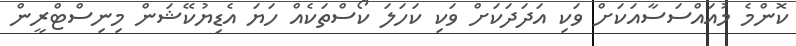
ކޮންމެ މުއައްސަސާއަކަށް ވަކި އަދަދަކަށް ވަކި ކަހަލަ ކޯސްތަކެއް ހަޔަ އެޑިޔުކޭޝަން މިނިސްޓްރީން